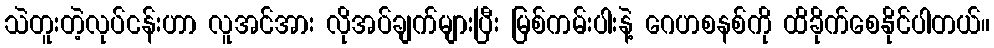
သဲတူးတဲ့လုပ်ငန်းဟာ လူအင်အား လိုအပ်ချက်များပြီး မြစ်ကမ်းပါးနဲ့ ဂေဟစနစ်ကို ထိခိုက်စေနိုင်ပါတယ်။